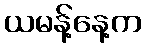
ယမန့်နေ့က